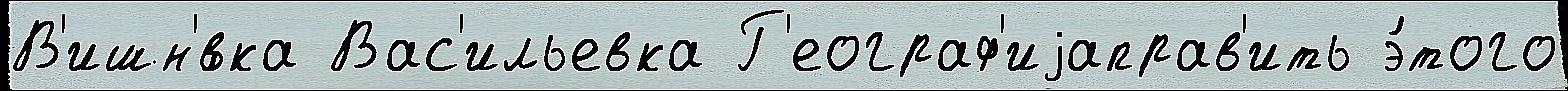
В'ишн'́вка Вас'ильевка Г'еограф'иjаправ'ить э́того